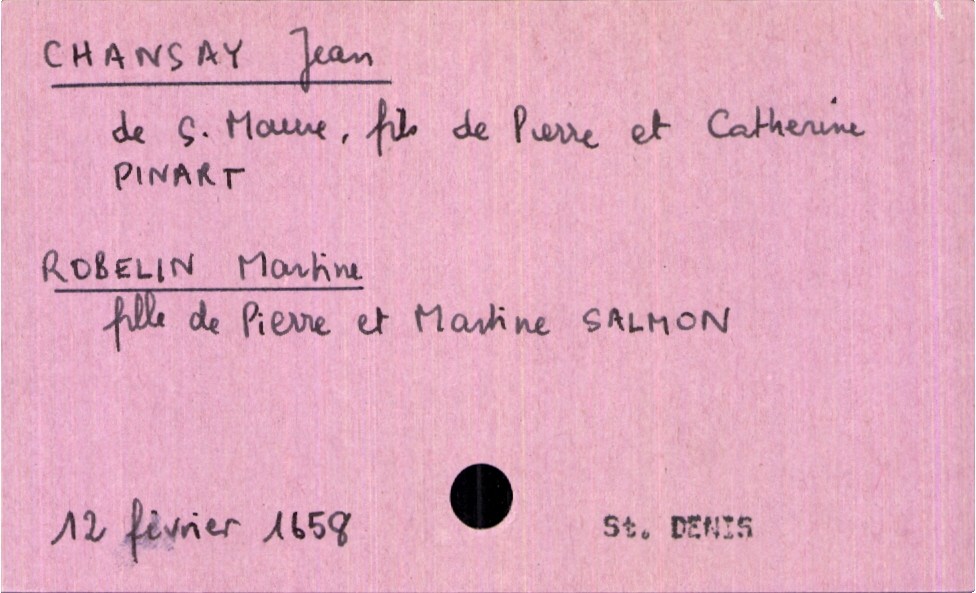
type_acte: Mariage
année: 1658
mois: février
jour: 12
paroisse: Saint Denis
marié_nom: Chansay
marié_prénom: JEan
marié_lieu_de_naissance: Sainte Maure
père_marié_nom: Chansay
père_marié_prénom: Pierre
mère_marié_nom: Pinart
mère_marié_prénom: Catherine
mariée_nom: Robelin
mariée_prénom: Martine
père_mariée_nom: Robelin
père_mariée_prénom: Pierre
mère_mariée_nom: Salmon
mère_mariée_prénom: Martine